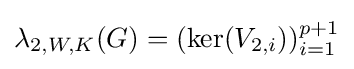
\lambda _{2,W,K}(G)=(\ker(V_{2,i}))_{i=1}^{p+1}